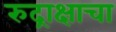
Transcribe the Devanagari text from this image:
रुद्राक्षाचा